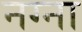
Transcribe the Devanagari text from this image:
नग्ना